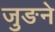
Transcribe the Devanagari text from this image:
जुङने